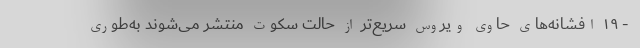
- ۱۹ افشانه‌های حاوی ویروس سریع‌تر از حالت سکوت منتشر می‌شوند به‌طوری